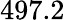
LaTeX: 497.2